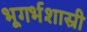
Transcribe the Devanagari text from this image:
भूगर्भशास्री